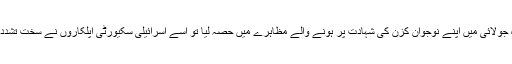
ابو خضیر نے ماہ جولائی میں اپنے نوجوان کزن کی شہادت پر ہونے والے مظاہرے میں حصہ لیا تو اسے اسرائیلی سکیورٹی اپلکاروں نے سخت تشدد کا نشانہ بنایا تھا۔